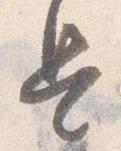
是